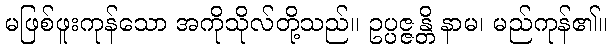
မဖြစ်ဖူးကုန်သော အကိုသိုလ်တို့သည်။ ဥပ္ပဇ္ဇန္တိ နာမ၊ မည်ကုန်၏။